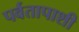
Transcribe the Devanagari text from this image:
पर्वतापाशी